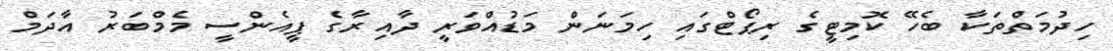
ހިދުމަތްތަކާ ބެހޭ ކޮމިޓީގެ ރިޕޯޓްގައި ހިމަނަން މަޑުއްވަރީ ދާއިރާގެ ޕީއެންސީ މެމްބަރު އާދަމް